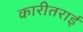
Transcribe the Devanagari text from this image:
कारीतराई